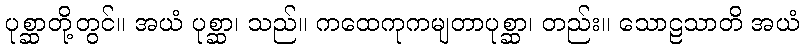
ပုစ္ဆာတို့တွင်။ အယံ ပုစ္ဆာ၊ သည်။ ကထေကုကမျတာပုစ္ဆာ၊ တည်း။ သောဠသာတိ အယံ